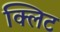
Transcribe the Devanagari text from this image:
क्लिट